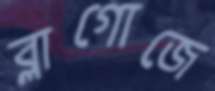
ব্লাগোজে